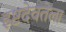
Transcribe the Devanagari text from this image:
इष्टदेवतेला